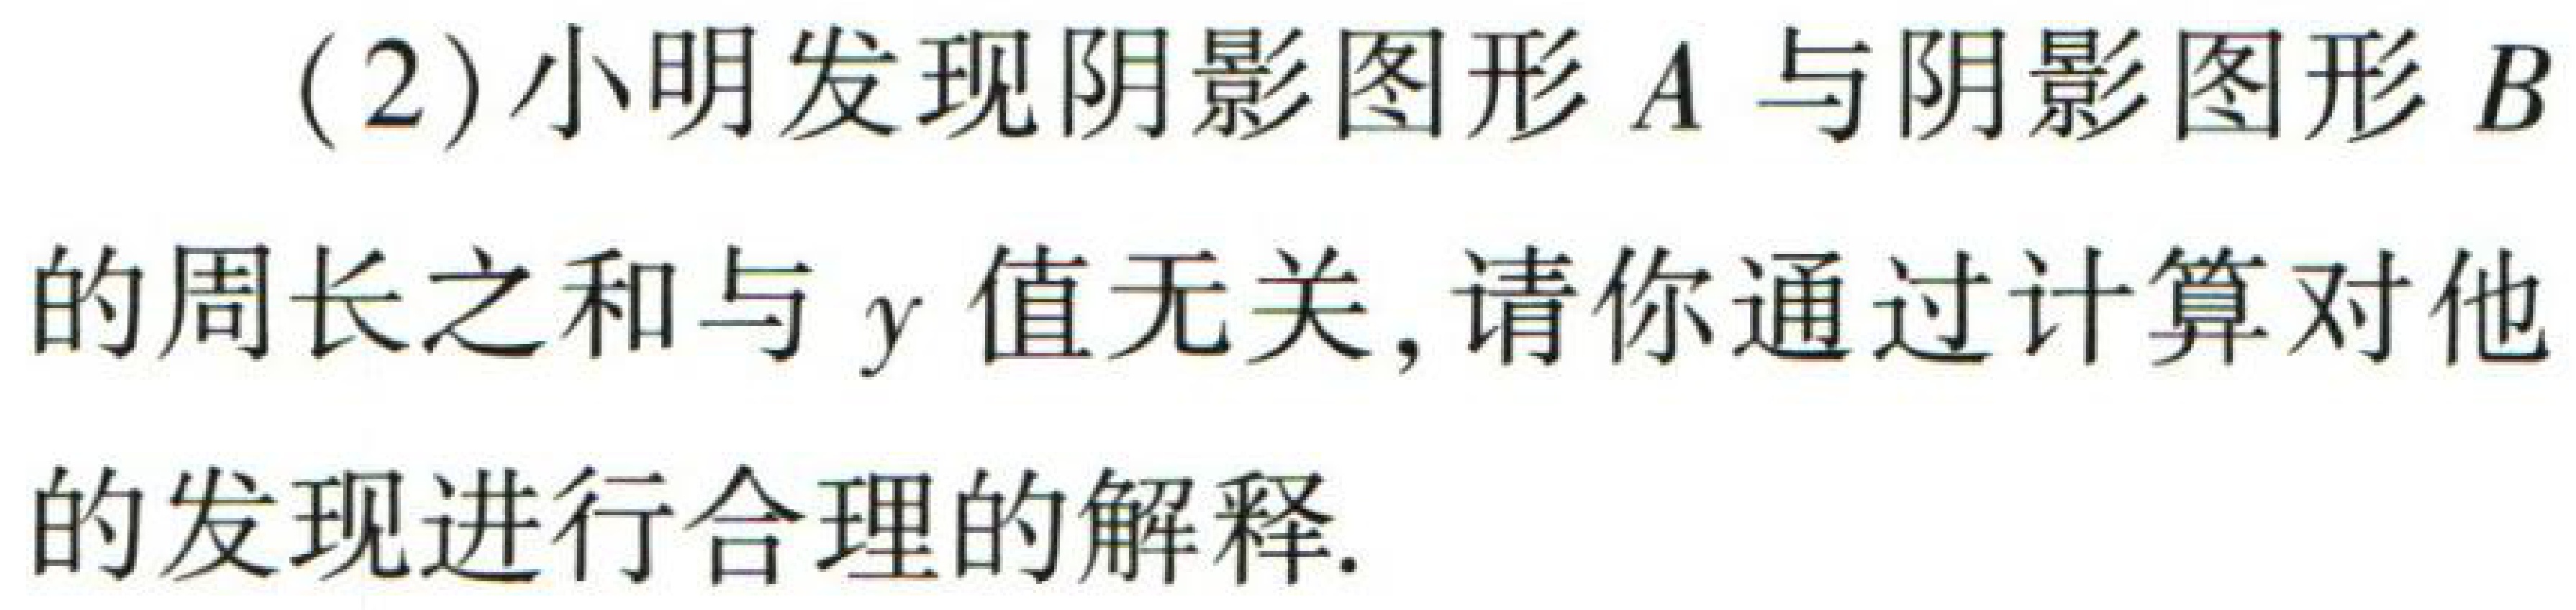
(2)小明发现阴影图形\(A\)与阴影图形\(B\)的周长之和与\(y\)值无关，请你通过计算对他的发现进行合理的解释.